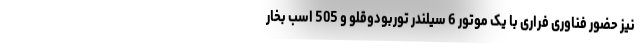
نیز حضور فناوری فراری با یک موتور 6 سیلندر توربودوقلو و 505 اسب بخار